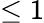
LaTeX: \le 1